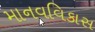
માનવવિકાસ